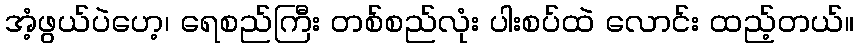
အံ့ဖွယ်ပဲဟေ့၊ ရေစည်ကြီး တစ်စည်လုံး ပါးစပ်ထဲ လောင်း ထည့်တယ်။